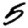
Digit: 5